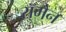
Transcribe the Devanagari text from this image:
रॉमैन